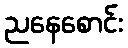
ညနေစောင်း